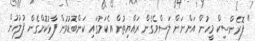
" ފޮރެންސިކް މީހުން އަންނަން ލަސްވެގެން ރައްޔިތުން އެކަމުގައި ކަންބޮޑުވުން ފާޅުކޮށްގެން ފުލުހުން